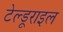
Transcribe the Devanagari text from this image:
टेल्डूराइल